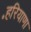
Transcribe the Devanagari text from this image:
॰हरियाणा